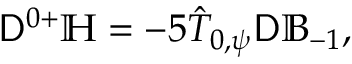
\mathsf { D } ^ { 0 + } \mathbb { H } = - 5 \hat { T } _ { 0 , \psi } \mathsf { D } \mathbb { B } _ { - 1 } ,